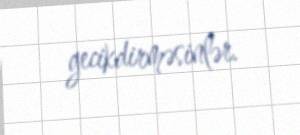
gecikdirməsinlər.